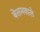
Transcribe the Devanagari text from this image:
बेलनवाले